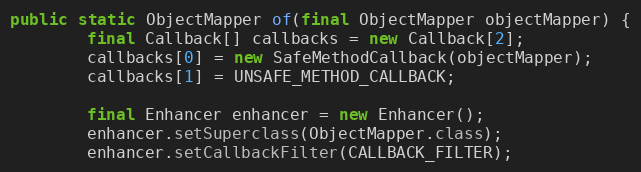
Language: Java
public static ObjectMapper of(final ObjectMapper objectMapper) {
        final Callback[] callbacks = new Callback[2];
        callbacks[0] = new SafeMethodCallback(objectMapper);
        callbacks[1] = UNSAFE_METHOD_CALLBACK;

        final Enhancer enhancer = new Enhancer();
        enhancer.setSuperclass(ObjectMapper.class);
        enhancer.setCallbackFilter(CALLBACK_FILTER);